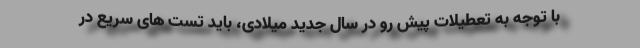
با توجه به تعطیلات پیش رو در سال جدید میلادی، باید تست های سریع در